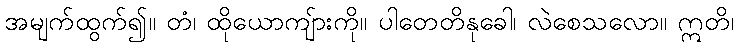
အမျက်ထွက်၍။ တံ၊ ထိုယောကျ်ားကို။ ပါတေတိနုခေါ၊ လဲစေသလော။ ဣတိ၊